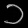
Digit: ၁